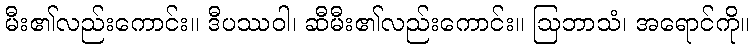
မီး၏လည်းကောင်း။ ဒီပဿဝါ၊ ဆီမီး၏လည်းကောင်း။ ဩဘာသံ၊ အရောင်ကို။